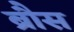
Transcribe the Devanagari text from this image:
ब्रौस